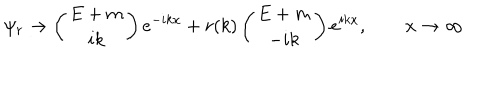
\psi _ { r } \to \left( \begin{array} { c } { { E + m } } \\ { { i k } } \\ \end{array} \right) e ^ { - i k x } + r ( k ) \left( \begin{array} { c } { { E + m } } \\ { { - i k } } \\ \end{array} \right) e ^ { i k x } , \qquad x \to \infty